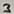
Text: 3